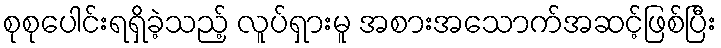
စုစုပေါင်းရရှိခဲ့သည့် လူပ်ရှားမူ အစားအသောက်အဆင့်ဖြစ်ပြီး